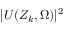
| U ( Z _ { k } , \Omega ) | ^ { 2 }